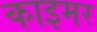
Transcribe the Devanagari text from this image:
काइमर